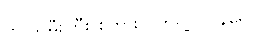
ကဲ သမီးကြီး စကားလက်ရဲ့ ဂါဝန်ရော။